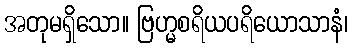
အတုမရှိသော။ ဗြဟ္မစရိယပရိယောသာနံ၊